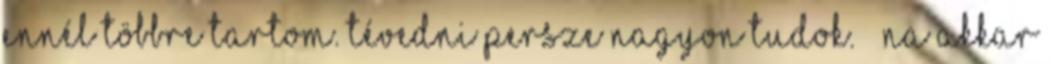
ennél többre tartom. Tévedni persze nagyon tudok.” „Na akkar